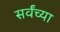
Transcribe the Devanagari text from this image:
सर्वंच्या